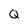
Character: Q